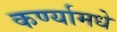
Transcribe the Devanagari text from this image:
कर्ण्यामधे